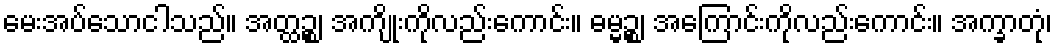
မေးအပ်သောငါသည်။ အတ္ထဉ္စ၊ အကျိုးကိုလည်းကောင်း။ ဓမ္မဉ္စ၊ အကြောင်းကိုလည်းကောင်း။ အက္ခာတုံ၊